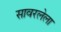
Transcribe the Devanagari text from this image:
सावरलेला